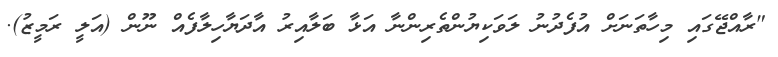
"ރާއްޖޭގައި މިހާތަނަށް އުފެދުނު ލަވަކިޔުންތެރިންނާ އަޅާ ބަލާއިރު އާދަޔާހިލާފެއް ނޫން (އަލީ ރަމީޒު).